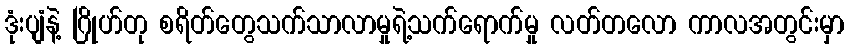
ဒုံးပျံနဲ့ ဂြိုဟ်တု စရိတ်တွေသက်သာလာမှုရဲ့သက်ရောက်မှု လတ်တလော ကာလအတွင်းမှာ